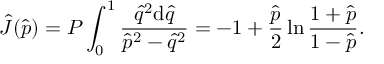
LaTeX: \hat { J } ( \hat { p } ) = { \cal P } \int _ { 0 } ^ { 1 } \frac { \hat { q } ^ { 2 } \mathrm { d } \hat { q } } { \hat { p } ^ { 2 } - \hat { q } ^ { 2 } } = - 1 + \frac { \hat { p } } { 2 } \ln { \frac { 1 + \hat { p } } { 1 - \hat { p } } } .